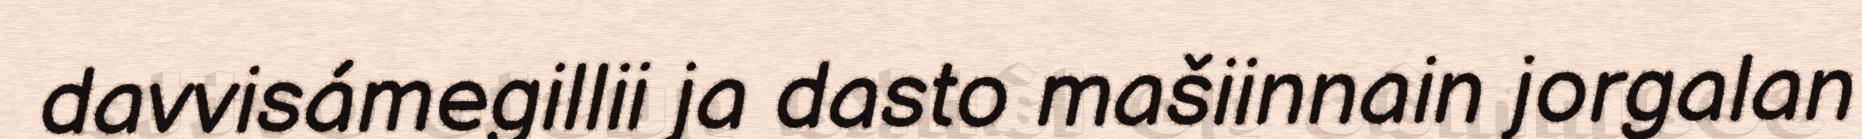
davvisámegillii ja dasto mašiinnain jorgalan